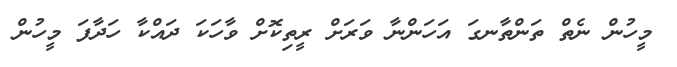
މީހުން ނެތް ތަންތާނގަ އަހަންނާ ވަރަށް ރީތިކޮށް ވާހަކަ ދައްކާ ހަދާފަ މީހުން